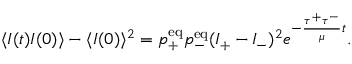
\langle I ( t ) I ( 0 ) \rangle - \langle I ( 0 ) \rangle ^ { 2 } = p _ { + } ^ { \mathrm { e q } } p _ { - } ^ { \mathrm { e q } } ( I _ { + } - I _ { - } ) ^ { 2 } e ^ { - \frac { \tau ^ { + } \tau ^ { - } } { \mu } t } .